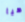
هيا